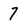
Character: 7